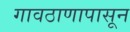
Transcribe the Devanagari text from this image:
गावठाणापासून